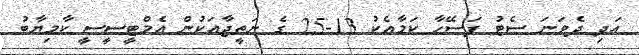
އަދި ދެވަނަ ސެޓު ފަސޭހާ ކަމާއެކު 13-25 ގެ ނަތީޖާއަކުން އެމްޓީސީސީ ކާމިޔާބު